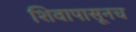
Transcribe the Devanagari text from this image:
शिवापासूनच